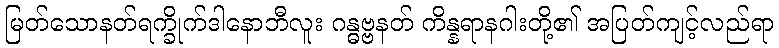
မြတ်သောနတ်ရက္ခိုက်ဒါနောဘီလူး ဂန္ဓဗ္ဗနတ် ကိန္နရာနဂါးတို့၏ အပြတ်ကျင့်လည်ရာ